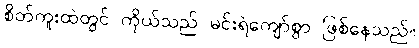
စိတ်ကူးထဲတွင် ကိုယ်သည် မင်းရဲကျော်စွာ ဖြစ်နေသည်။